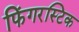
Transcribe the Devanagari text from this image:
फिंगरस्टिक